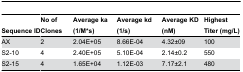
| Sequence ID | No of Clones | Average ka (1/M*s) | Average kd (1/s) | Average KD (nM) | Highest Titer (mg/L) |
 | --- | --- | --- | --- | --- | --- |
 | AX | 2 | 2.04E+05 | 8.66E-04 | 4.32±09 | 100 |
 | S2-10 | 4 | 2.40E+05 | 5.10E-04 | 2.14±0.2 | 550 |
 | S2-15 | 4 | 1.65E+04 | 1.12E-03 | 7.17±2.1 | 480 |